Memorandum on the prevention of leprosy by segregation of the affected
Disease focus: Leprosy
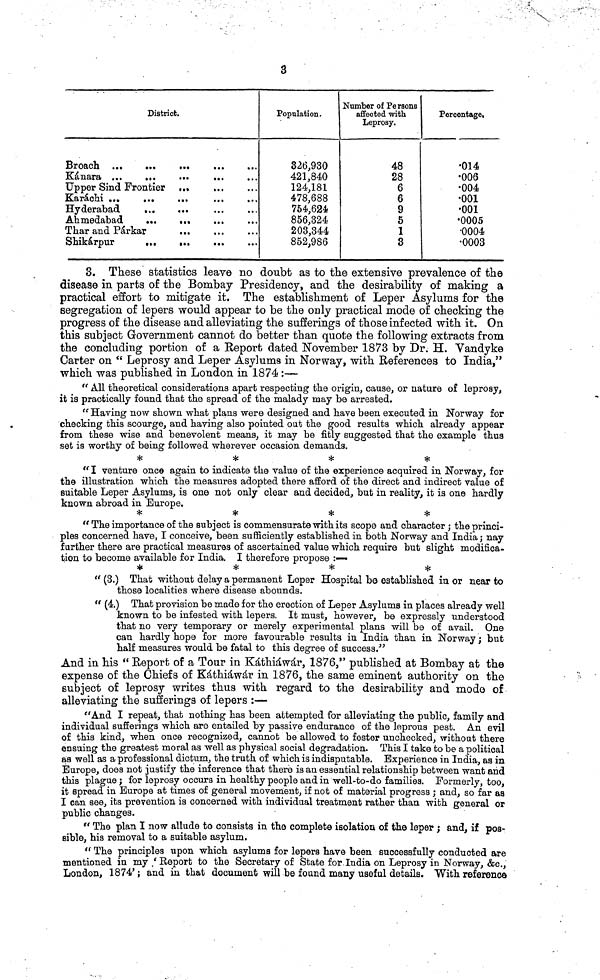
3
District.
Broach
Kánara ...
...
...
...
Upper Sind Frontier ...
Karáchi ...
...
...
Hyderabad
.
...
Ahmedabad
Thar and Párkar
Shikápur
Population.
326,930
421,840
124,181
478,688
754,624
856,324
203,344
852,986
Number of Pe rsons
affected with
Leprosy.
48
28
6
6
9
5
1
3
Percentage.
•014
•006
•004
•001
•001
•0005
•0004
•0003
3. These statistics leave no doubt as to the extensive prevalence of the
disease in parts of the Bombay Presidency, and the desirability of making a
practical effort to mitigate it. The establishment of Leper Asylums for the
segregation of lepers would appear to be the only practical mode of checking the
progress of the disease and alleviating the sufferings of those infected with it. On
this subject Government cannot do better than quote the following extracts from
the concluding portion of a Report dated November 1873 by Dr. H. Vandyke
Carter on " Leprosy and Leper Asylums in Norway, with References to India,"
which was published in London in 1874 :—
" All theoretical considerations apart respecting the origin, cause, or nature of leprosy,
it is practically found that the spread of the malady may be arrested.
" Having now shown what plans were designed and have been executed in Norway for
checking this scourge, and having also pointed out the good results which already appear
from these wise and benevolent means, it may be fitly suggested that the example thus
set is worthy of being followed wherever occasion demands.
*
*
*
*
" I venture once again to indicate the value of the experience acquired in Norway, for
the illustration which the measures adopted there afford of the direct and indirect value of
suitable Leper Asylums, is one not only clear and decided, but in reality, it is one hardly
known abroad in Europe.
*
*
*
*
" The importance of the subject is commensurate with its scope and character ; the princi-
ples concerned have, I conceive, been sufficiently established in both Norway and India; nay
further there are practical measures of ascertained value which require but slight modifica-
tion to become available for India. I therefore propose :—
*
*
*
*
" (3.) That without delay a permanent Leper Hospital bo established in or near to
those localities where disease abounds.
" (4.) That provision be made for the erection of Leper Asylums in places already well
known to be infested with lepers. It must, however, be expressly understood
that no very temporary or merely experimental plans will be of avail. One
can hardly hope for more favourable results in India than in Norway ; but
half measures would be fatal to this degree of success."
And in his " Report of a Tour in Káthiáwár, 1876," published at Bombay at the
expense of the Chiefs of Káthiáwár in 1876, the same eminent authority on the
subject of leprosy writes thus with regard to the desirability and mode of
alleviating the sufferings of lepers :—
"And I repeat, that nothing has been attempted for alleviating the public, family and
individual sufferings which are entailed by passive endurance of the leprous pest. An evil
of this kind, when once recognized, cannot be allowed to fester unchecked, without there
ensuing the greatest moral as well as physical social degradation. This I take to be a political
as well as a professional dictum, the truth of which is indisputable. Experience in India, as in
Europe, does not justify the inference that there is an essential relationship between want and
this plague ; for leprosy occurs in healthy people and in well-to-do families. Formerly, too,
it spread in Europe at times of general movement, if not of material progress ; and, so far as
I can see, its prevention is concerned with individual treatment rather than with general or
public changes.
" The plan I now allude to consists in the complete isolation of the leper ; and, if pos-
sible, his removal to a suitable asylum.
" The principles upon which asyluma for lepers have been successfully conducted are
mentioned in my /Report to the Secretary of State for.India on Leprosy in Norway, &c,
London, 1874' ; and in that document will be found many useful details. With reference